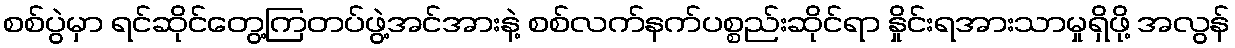
စစ်ပွဲမှာ ရင်ဆိုင်တွေ့ကြတပ်ဖွဲ့အင်အားနဲ့ စစ်လက်နက်ပစ္စည်းဆိုင်ရာ နှိုင်းရအားသာမှုရှိဖို့ အလွန်